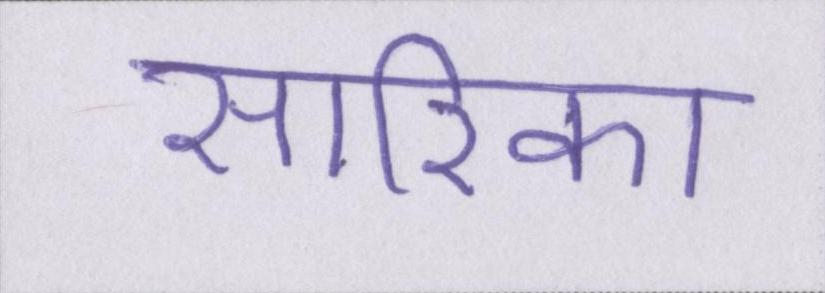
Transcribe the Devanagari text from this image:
सारिका